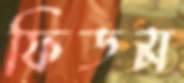
ফিডম